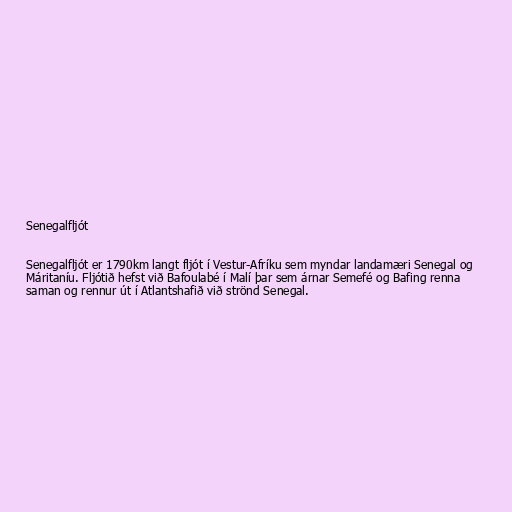
Senegalfljót

Senegalfljót er 1790km langt fljót í Vestur-Afríku sem myndar landamæri Senegal og
Máritaníu. Fljótið hefst við Bafoulabé í Malí þar sem árnar Semefé og Bafing renna
saman og rennur út í Atlantshafið við strönd Senegal.